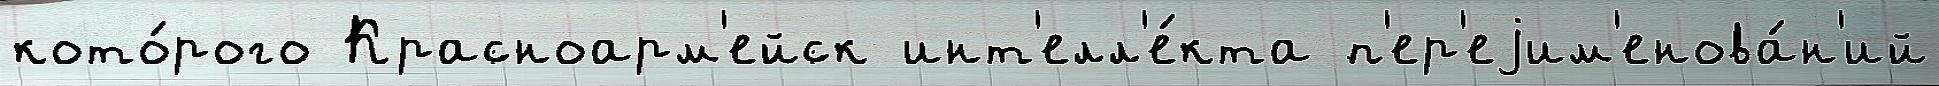
кото́рого Красноарм'ейск инт'елл'е́кта п'ер'еjим'енова́н'ий